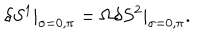
\delta S ^ { 1 } | _ { \sigma = 0 , \pi } = \Omega \delta S ^ { 2 } | _ { \sigma = 0 , \pi } .